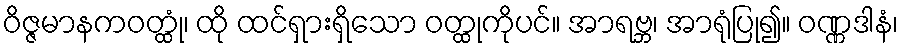
ဝိဇ္ဇမာနကဝတ္ထုံ၊ ထို ထင်ရှားရှိသော ဝတ္ထုကိုပင်။ အာရဗ္ဘ၊ အာရုံပြု၍။ ဝဏ္ဏဒါနံ၊